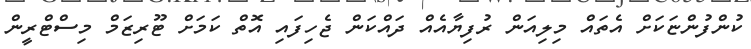
ކުންފުންޏަކަށް އެތައް މިލިއަން ރުފިޔާއެއް ދައްކަން ޖެހިފައި އޮތް ކަމަށް ޓޫރިޒަމް މިިސްޓްރީން